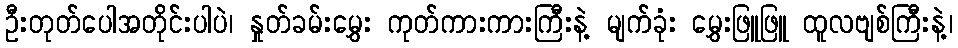
ဦးတုတ်ပေါအတိုင်းပါပဲ၊ နှုတ်ခမ်းမွှေး ကုတ်ကားကားကြီးနဲ့ မျက်ခုံး မွှေးဖြူဖြူ ထူလဗျစ်ကြီးနဲ့၊